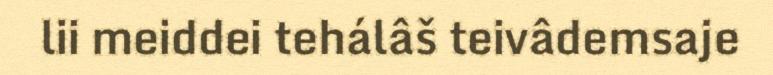
lii meiddei tehálâš teivâdemsaje